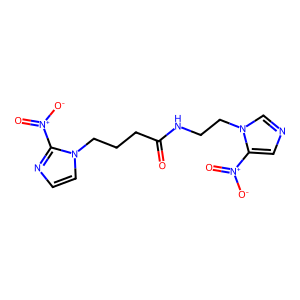
SMILES: O=C(CCCn1ccnc1[N+](=O)[O-])NCCn1cncc1[N+](=O)[O-]
Inhibits HIV replication: No